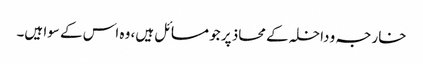
خارجہ و داخلہ کے محاذ پر جو مسائل ہیں، وہ اس کے سوا ہیں۔